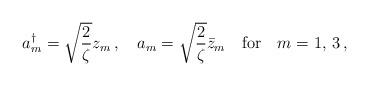
LaTeX: \begin{align*}a^{\dagger}_m=\sqrt{\frac{2}{\zeta}}z_m\,,\quad a_m=\sqrt{\frac{2}{\zeta}}\bar{z}_m\quad\textrm{for}\quad m=1,\,3\,,\end{align*}